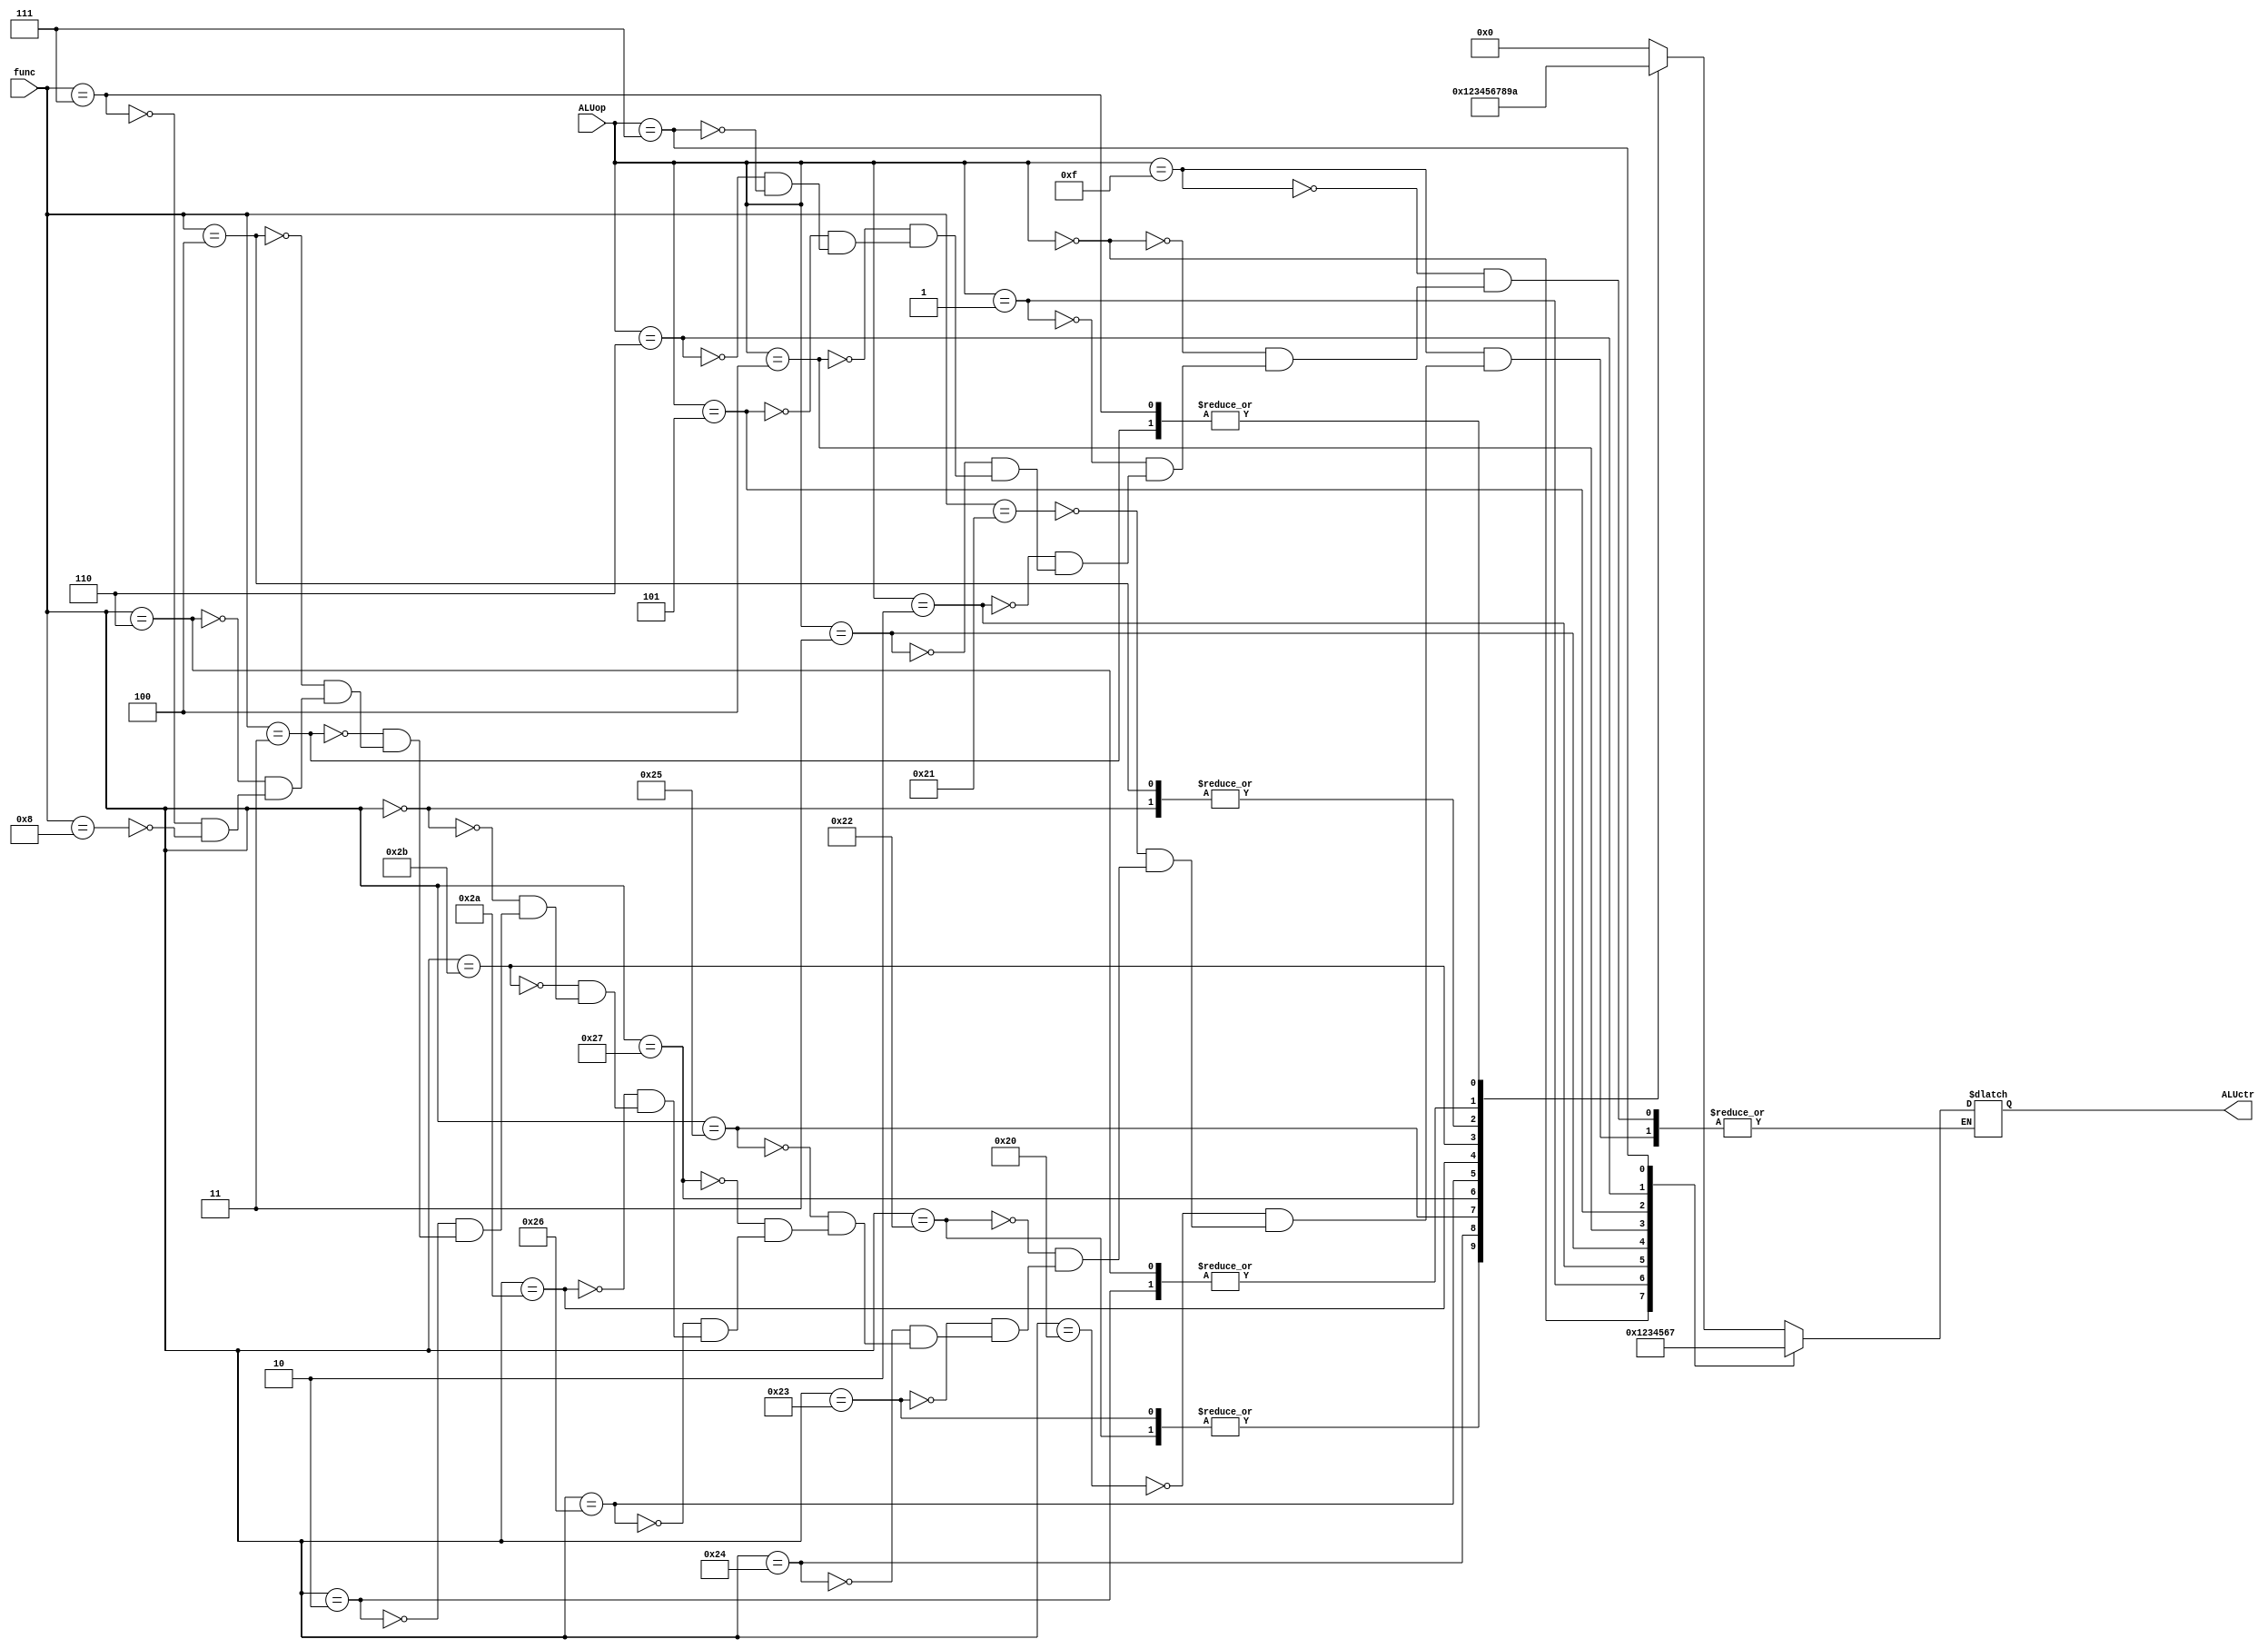
module ALU_CTR(
    input [3:0] ALUop,
    input [5:0] func,

    output reg [3:0] ALUctr
);

    //FUNCT FIELD ()
    parameter   ADD   = 6'b100000;                  // add
    parameter   ADDU  = 6'b100001;                  // addu
    parameter   SUB   = 6'b100010;                  // sub
    parameter   SUBU  = 6'b100011;                  // subu
    parameter   AND   = 6'b100100;                  // and
    parameter   OR    = 6'b100101;                  // or
    parameter   NOR   = 6'b100111;                  // nor
    parameter   XOR   = 6'b100110;                  // xor
    parameter   SLT   = 6'b101010;                  // slt
    parameter   SLTU  = 6'b101011;                  // sltu
    parameter   SLL   = 6'b000000;                  // sll
    parameter   SRL   = 6'b000010;                  // srl
    parameter   SRA   = 6'b000011;                  // sra
    parameter   SLLV  = 6'b000100;                  // sllv
    parameter   SRLV  = 6'b000110;                  // srlv
    parameter   SRAV  = 6'b000111;                  // srav
    parameter   JR    = 6'b001000;                  // jr

    //ALUctr
    parameter ALU_ADD = 4'b0000;
    parameter ALU_SUB = 4'b0001;
    parameter ALU_AND = 4'b0010;
    parameter ALU_OR  = 4'b0011;
    parameter ALU_NOR = 4'b0100;
    parameter ALU_XOR = 4'b0101;
    parameter ALU_SLT = 4'b0110;
    parameter ALU_SLTU= 4'b0111;
    parameter ALU_SLL = 4'b1000;
    parameter ALU_SRL = 4'b1001;
    parameter ALU_SRA = 4'b1010;
    parameter ALU_X   = 4'bxxxx;

    always @(*)
        case (ALUop)
            4'b1111:
                case (func)
                    ADD:    ALUctr <= ALU_ADD;
                    ADDU:   ALUctr <= ALU_ADD;
                    SUB:    ALUctr <= ALU_SUB;
                    SUBU:   ALUctr <= ALU_SUB;
                    AND:    ALUctr <= ALU_AND;
                    OR:     ALUctr <= ALU_OR;
                    NOR:    ALUctr <= ALU_NOR;
                    XOR:    ALUctr <= ALU_XOR;
                    SLT:    ALUctr <= ALU_SLT;
                    SLTU:   ALUctr <= ALU_SLTU;
                    SLL:    ALUctr <= ALU_SLL;
                    SRL:    ALUctr <= ALU_SRL;
                    SRA:    ALUctr <= ALU_SRA;
                    SLLV:   ALUctr <= ALU_SLL;
                    SRLV:   ALUctr <= ALU_SRL;
                    SRAV:   ALUctr <= ALU_SRA;
                    JR:     ALUctr <= ALU_X;
                endcase
            4'b0000: ALUctr <= ALU_ADD;
            4'b0001: ALUctr <= ALU_SUB;
            4'b0010: ALUctr <= ALU_AND;
            4'b0011: ALUctr <= ALU_OR;
            4'b0100: ALUctr <= ALU_NOR;
            4'b0101: ALUctr <= ALU_XOR;
            4'b0110: ALUctr <= ALU_SLT;
            4'b0111: ALUctr <= ALU_SLTU;
        endcase

endmodule